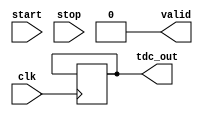
module TDC_Vernier_Delay_Line (
    input wire clk,             // System clock
    input wire start,           // Start pulse input
    input wire stop,            // Stop pulse input
    output reg [15:0] tdc_out,  // 16-bit TDC output
    output reg valid            // Output valid signal
);

    // Parameters for delay line configuration
    parameter COARSE_DELAY_ELEMENTS = 16; // Number of coarse delay elements
    parameter FINE_DELAY_ELEMENTS = 8;     // Number of fine delay elements
    parameter COARSE_DELAY_STEP = 10;      // Coarse delay step in ns
    parameter FINE_DELAY_STEP = 1;         // Fine delay step in ns

    // Coarse and fine delay line outputs
    reg [COARSE_DELAY_ELEMENTS-1:0] coarse_delay_line;
    reg [FINE_DELAY_ELEMENTS-1:0] fine_delay_line;

    // Internal signals
    reg [3:0] coarse_index; // Index for coarse delay line
    reg [2:0] fine_index;   // Index for fine delay line
    reg measuring;          // Measuring flag

    // Initialize outputs
    initial begin
        tdc_out = 0;
        valid = 0;
        coarse_index = 0;
        fine_index = 0;
        measuring = 0;
    end

    // Coarse delay line generation
    always @(posedge clk) begin
        if (start) begin
            coarse_index <= 0; // Reset coarse index
            measuring <= 1;     // Start measuring
        end
        if (measuring) begin
            coarse_delay_line <= (1 << coarse_index); // Activate coarse delay element
            if (coarse_index < COARSE_DELAY_ELEMENTS - 1) begin
                coarse_index <= coarse_index + 1; // Increment coarse index
            end
        end
    end

    // Fine delay line generation
    always @(posedge clk) begin
        if (stop && measuring) begin
            measuring <= 0; // Stop measuring
            fine_index <= 0; // Reset fine index
            valid <= 1;      // Set output valid
        end
        if (measuring && coarse_index == COARSE_DELAY_ELEMENTS - 1) begin
            fine_delay_line <= (1 << fine_index); // Activate fine delay element
            if (fine_index < FINE_DELAY_ELEMENTS - 1) begin
                fine_index <= fine_index + 1; // Increment fine index
            end
        end
    end

    // Combine coarse and fine delay outputs to generate TDC output
    always @(posedge clk) begin
        if (valid) begin
            tdc_out <= {coarse_index, fine_index}; // Combine indices for output
            valid <= 0; // Clear valid signal after reading
        end
    end

endmodule